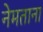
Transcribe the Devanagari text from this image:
नेमताना